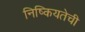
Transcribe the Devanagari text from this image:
निष्कियतेची